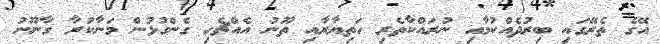
އޭގެ ތެރޭގައި ބިރުދެއްކުމާއި ނުރައްކާތެރި ހަތިޔާރާއި ތޫނު އެއްޗެހި ގެންގުޅުން މަނާކުރާ ގާނޫނު